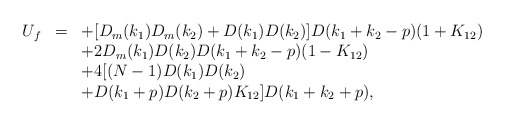
\begin{align*}\begin{array}{rcl}U_f&=&\displaystyle +[D_m(k_1)D_m(k_2)+D(k_1)D(k_2)]D(k_1+k_2-p)(1+K_{12})\\&&\displaystyle +2D_m(k_1)D(k_2)D(k_1+k_2-p)(1-K_{12})\\&&\displaystyle +4[(N-1)D(k_1)D(k_2)\\&&\displaystyle +D(k_1+p)D(k_2+p)K_{12}]D(k_1+k_2+p), \end{array}\end{align*}